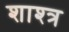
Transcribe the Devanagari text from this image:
शाश्त्र